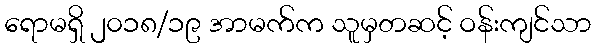
ရောမရှိ ၂၀၁၈/၁၉ အာမက်က သူမှတဆင့် ဝန်းကျင်သာ